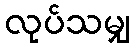
လုပ်သမျှ